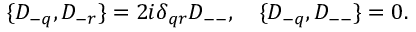
\{ D _ { - q } , D _ { - r } \} = { 2 i } \delta _ { q r } D _ { -- } , \quad \{ D _ { - q } , D _ { -- } \} = 0 .